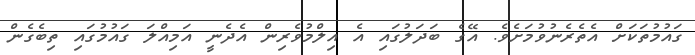
ގައުމުތަކަށް އެތެރެނުވުމަށެވެ. އޭގެ ބަދަލުގައި އެ އިލްމުވެރިން އެދެނީ އަމިއްލަ ގައުމުގައި ތިބެގެން